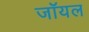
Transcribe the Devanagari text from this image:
जाॅयल